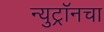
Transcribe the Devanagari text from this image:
न्युट्रॉनचा